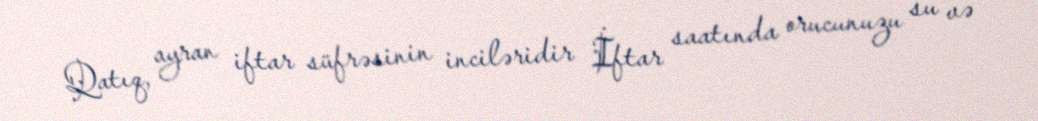
Qatıq, ayran iftar süfrəsinin inciləridir İftar saatında orucunuzu su və